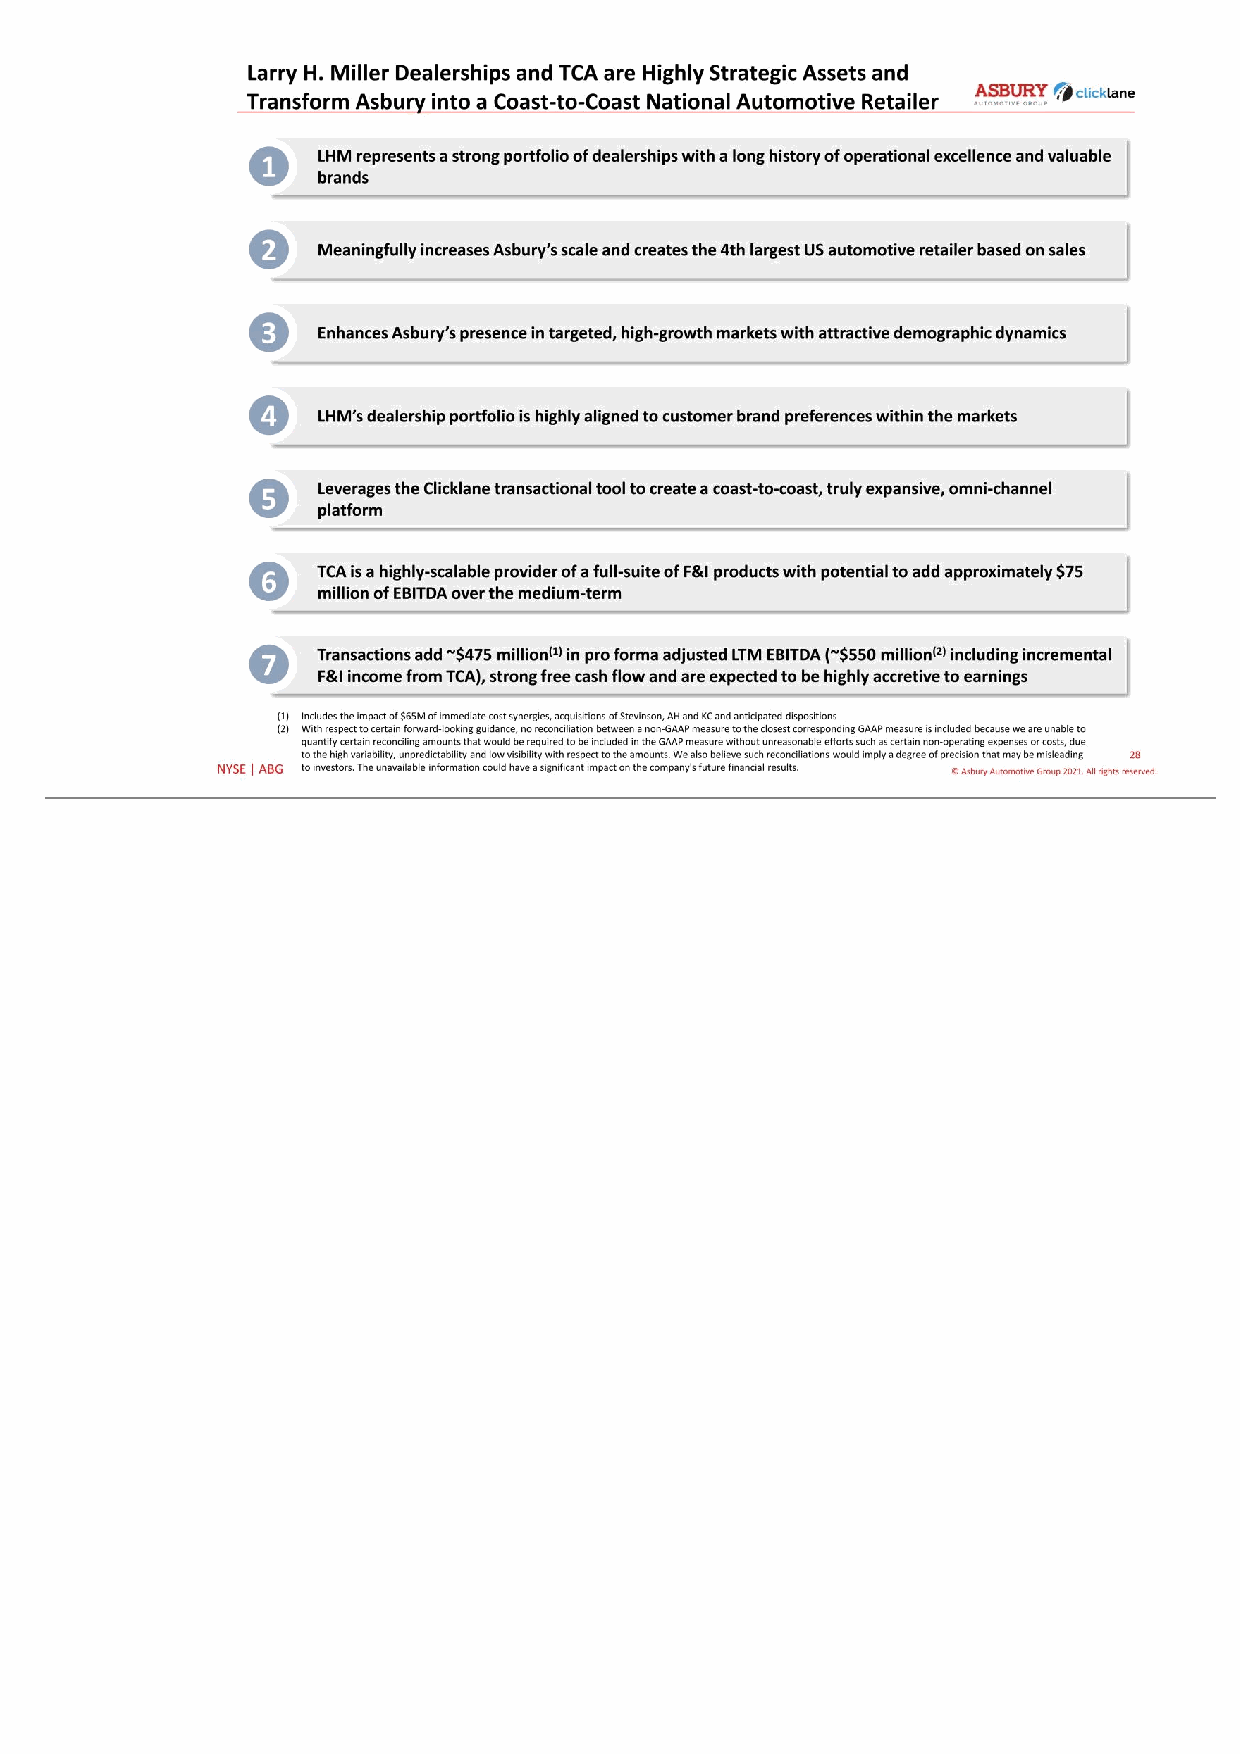
28 © Asbury Automotive Group 2021. All rights reserved.NYSE | ABG Meaningfully increases Asbury’s scale and creates the 4th largest US automotive retailer based on sales2 LHM represents a strong portfolio of dealerships with a long history of operational excellence and valuable brands1 Enhances Asbury’s presence in targeted, high-growth markets with attractive demographic dynamics3 TCA is a highly-scalable provider of a full-suite of F&I products with potential to add approximately $75 million of EBITDA over the medium-term6 Transactions add ~$475 million(1) in pro forma adjusted LTM EBITDA (~$550 million(2) including incremental F&I income from TCA), strong free cash flow and are expected to be highly accretive to earnings7 Leverages the Clicklane transactional tool to create a coast-to-coast, truly expansive, omni-channel platform5 LHM’s dealership portfolio is highly aligned to customer brand preferences within the markets4 Larry H. Miller Dealerships and TCA are Highly Strategic Assets and Transform Asbury into a Coast-to-Coast National Automotive Retailer (1) Includes the impact of $65M of immediate cost synergies, acquisitions of Stevinson, AH and KC and anticipated dispositions (2) With respect to certain forward-looking guidance, no reconciliation between a non-GAAP measure to the closest corresponding GAAP measure is included because we are unable to quantify certain reconciling amounts that would be required to be included in the GAAP measure without unreasonable efforts such as certain non-operating expenses or costs, due to the high variability, unpredictability and low visibility with respect to the amounts. We also believe such reconciliations would imply a degree of precision that may be misleading to investors. The unavailable information could have a significant impact on the company's future financial results.